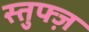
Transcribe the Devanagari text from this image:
स्तुफ्ज़